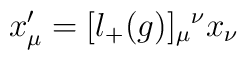
x'_{\mu} = [l_{+}(g)]_{\mu}{}^{\nu} x_{\nu}